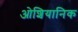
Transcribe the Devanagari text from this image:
ओशियानिक